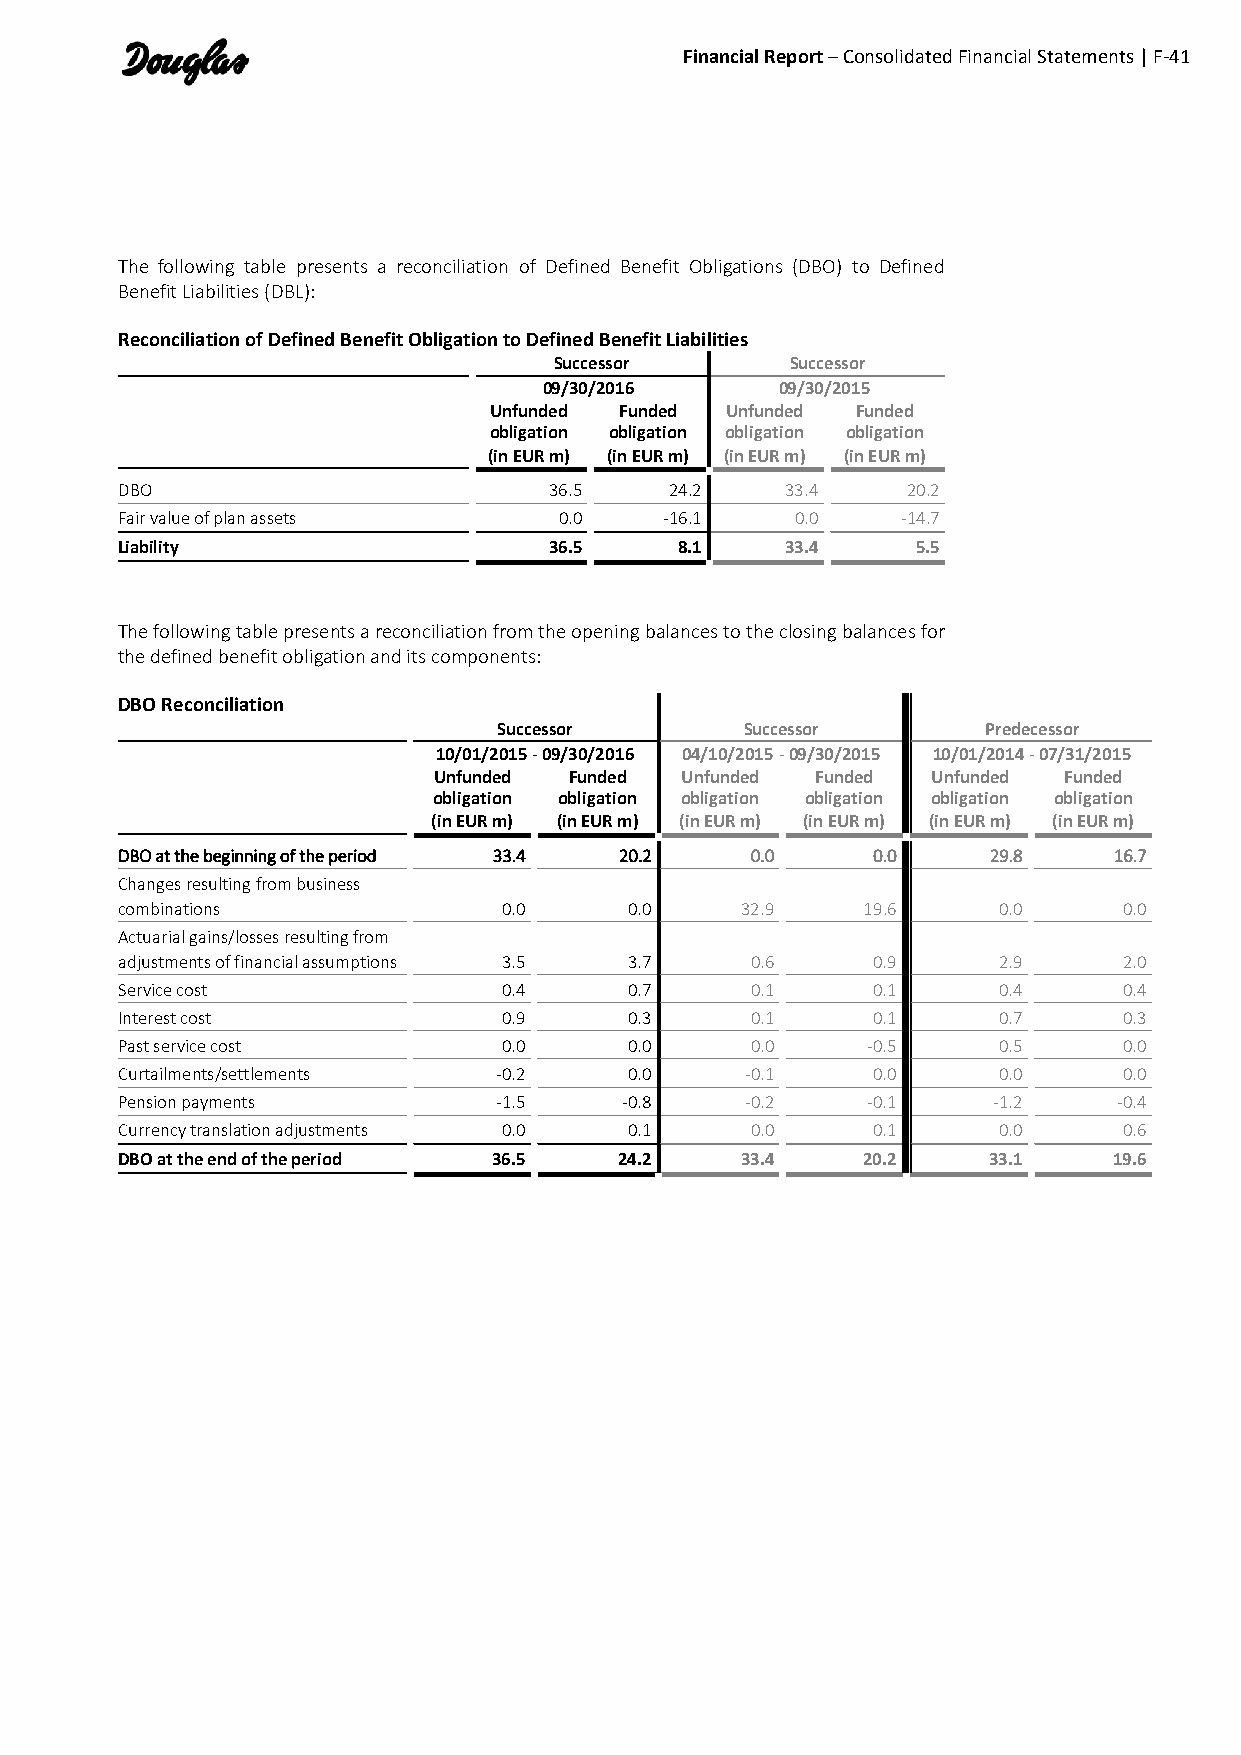
Financial Report – Consolidated Financial Statements | F-41
 The following table presents a reconciliation of Defined Benefit Obligations (DBO) to Defined
 Benefit Liabilities (DBL):
 Reconciliation of Defined Benefit Obligation to Defined Benefit Liabilities
 Successor      Successor
 09/30/2016      09/30/2015
 Unfunded Funded Unfunded Funded
 obligation obligation obligation obligation
 (in EUR m) (in EUR m) (in EUR m) (in EUR m)
 DBO                         36.5    24.2    33.4    20.2
 Fair value of plan assets    0.0    -16.1    0.0    -14.7
 Liability                   36.5     8.1    33.4     5.5
 The following table presents a reconciliation from the opening balances to the closing balances for
 the defined benefit obligation and its components:
 DBO Reconciliation
 Successor       Successor       Predecessor
 10/01/2015 - 09/30/2016 04/10/2015 - 09/30/2015 10/01/2014 - 07/31/2015
 Unfunded Funded Unfunded Funded  Unfunded Funded
 obligation obligation obligation obligation obligation obligation
 (in EUR m) (in EUR m) (in EUR m) (in EUR m) (in EUR m) (in EUR m)
 DBO at the beginning of the period 33.4 20.2 0.0  0.0    29.8     16.7
 Changes resulting from business
 combinations             0.0      0.0    32.9    19.6     0.0     0.0
 Actuarial gains/losses resulting from
 adjustments of financial assumptions 3.5 3.7 0.6  0.9     2.9     2.0
 Service cost             0.4      0.7     0.1     0.1     0.4     0.4
 Interest cost            0.9      0.3     0.1     0.1     0.7     0.3
 Past service cost        0.0      0.0     0.0    -0.5     0.5     0.0
 Curtailments/settlements -0.2     0.0    -0.1     0.0     0.0     0.0
 Pension payments         -1.5    -0.8    -0.2    -0.1     -1.2    -0.4
 Currency translation adjustments 0.0 0.1  0.0     0.1     0.0     0.6
 DBO at the end of the period 36.5 24.2   33.4    20.2    33.1     19.6